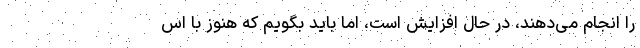
را انجام می‌دهند، در حال افزایش است، اما باید بگویم که هنوز با اس